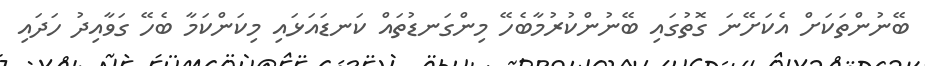
ބޭނުންތަކަށް އެކަށޭނަ ގޮތުގައި ބޭނުންކުރުމާބެހޭ މިންގަނޑުތައް ކަނޑައަޅައި މިކަންކަމާ ބެހޭ ގަވާއިދު ހަދައި